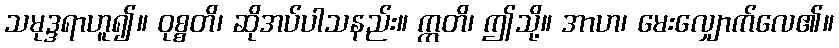
သမုဒ္ဒရာဟူ၍။ ဝုစ္စတိ၊ ဆိုအပ်ပါသနည်း။ ဣတိ၊ ဤသို့။ အာဟ၊ မေးလျှောက်လေ၏။